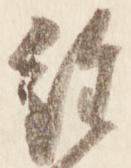
経